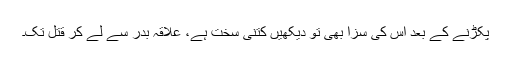
پکڑنے کے بعد اس کی سزا بھی تو دیکھیں کتنی سخت ہے، علاقہ بدر سے لے کر قتل تک۔